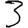
Digit: 3